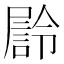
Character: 𭕴